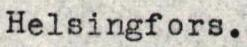
Helsingfors.